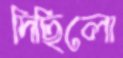
দিছিলো